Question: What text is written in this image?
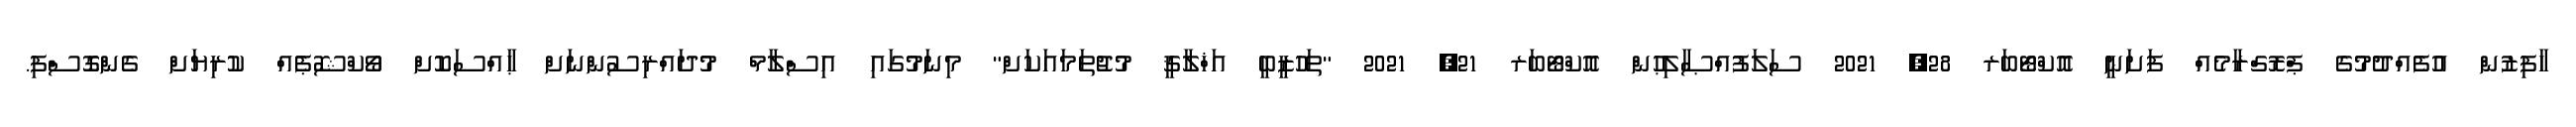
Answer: ހާފިޒުން އުފެއްދުމުގެ ޕްރޮގްރާމެއް ފަށަނީ އޮކްޓޯބަރ 28, 2021 ސަލަފުއްޞާލިޙުން އޮކްޓޯބަރ 21, 2021 "ތަހުޒީބީ އަޚްލާޤީ މުޖުތަމައަކަށް" މިނަމުގައި އިސްލާމް މުދައްރިސުންނަށް ޙާއްސަކޮށް ވޯކްޝޮޕެއް ކުރިޔަށް ގެންގޮސްފި.